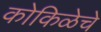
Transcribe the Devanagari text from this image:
कोकिळेचे